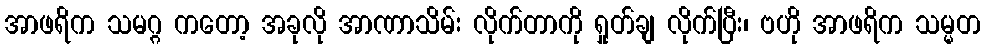
အာဖရိက သမဂ္ဂ ကတော့ အခုလို အာဏာသိမ်း လိုက်တာကို ရှုတ်ချ လိုက်ပြီး၊ ဗဟို အာဖရိက သမ္မတ